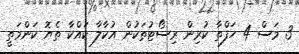
3 މަސް 4 ހަފްތާ ކުރިން ރިސޯޓުތަކުން އުކާލާ ކައްކާ ތެޔޮ ކަންމަތީ